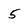
Character: 5